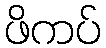
ဖိကပ်